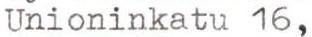
Unioninkatu 16,